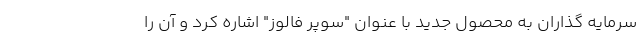
سرمایه گذاران به محصول جدید با عنوان "سوپر فالوز" اشاره کرد و آن را